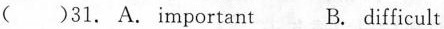
( )31. A.Important B. Difficult